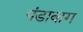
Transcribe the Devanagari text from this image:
पंडाबाग